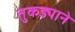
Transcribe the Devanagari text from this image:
तुकड्याने